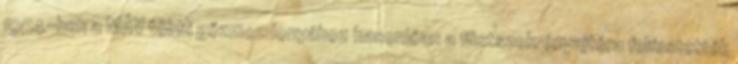
1954-ben a MÁV többi gőzmozdonyához hasonlóan a füstszekrényajtóra felfestették